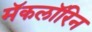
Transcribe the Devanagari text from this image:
मॅकलॉरिन